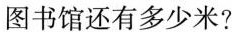
图书馆还有多少米?